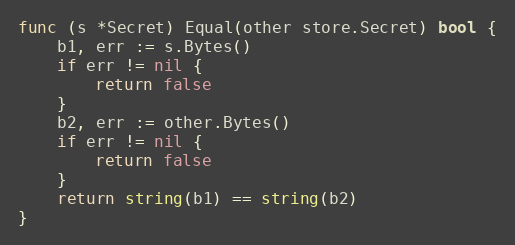
Language: Go
func (s *Secret) Equal(other store.Secret) bool {
	b1, err := s.Bytes()
	if err != nil {
		return false
	}
	b2, err := other.Bytes()
	if err != nil {
		return false
	}
	return string(b1) == string(b2)
}